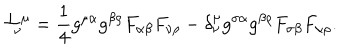
LaTeX: { \cal T } _ { \nu } ^ { \mu } = \frac { 1 } { 4 } g ^ { \mu \alpha } g ^ { \beta \rho } F _ { \alpha \beta } F _ { \nu \rho } - \delta _ { \nu } ^ { \mu } g ^ { \sigma \alpha } g ^ { \beta \rho } F _ { \sigma \beta } F _ { \alpha \rho } .